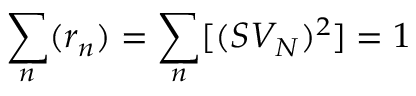
\sum _ { n } ( r _ { n } ) = \sum _ { n } [ ( S V _ { N } ) ^ { 2 } ] = 1